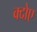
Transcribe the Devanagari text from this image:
क्दोए